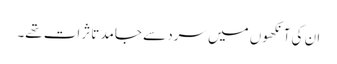
ان کی آنکھوں میں سرد سے جامد تاثرات تھے۔